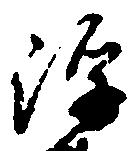
浮